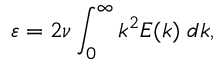
\varepsilon = 2 \nu \int _ { 0 } ^ { \infty } k ^ { 2 } E ( k ) \; d k ,